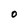
Character: O